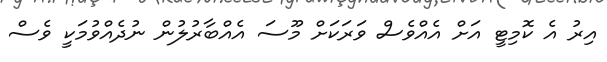
އިރު އެ ކޮމިޓީ އަށް އެއްވެސް ވަރަކަށް މޫސަ އެއްބާރުލުން ނުދެއްވުމަކީ ވެސް